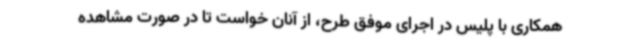
همکاری با پلیس در اجرای موفق طرح، از آنان خواست تا در صورت مشاهده